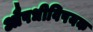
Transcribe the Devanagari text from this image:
औषधीविषयक